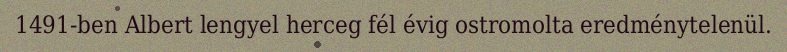
1491-ben Albert lengyel herceg fél évig ostromolta eredménytelenül.